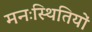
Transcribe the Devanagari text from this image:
मनःस्थितियों